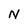
Character: N